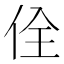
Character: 佺